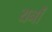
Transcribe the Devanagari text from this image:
यनों